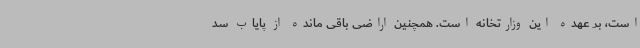
است، بر عهده این وزارتخانه است. همچنین اراضی باقی مانده از پایاب سد